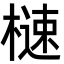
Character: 㯈